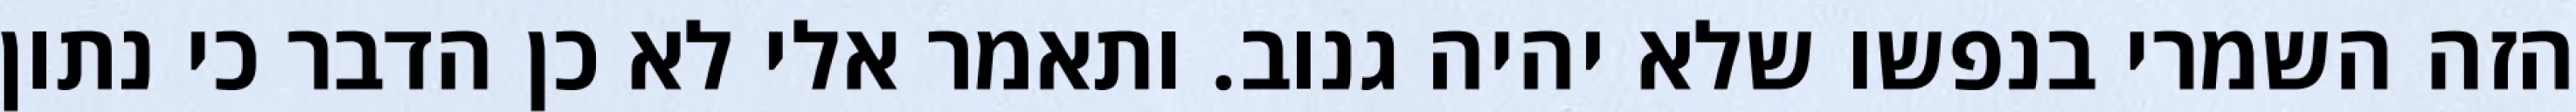
הזה השמרי בנפשו שלא יהיה גנוב. ותאמר אלי לא כן הדבר כי נתון